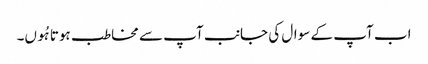
اب آپ کے سوال کی جانب آپ سے مخاطب ہوتا ہُوں۔